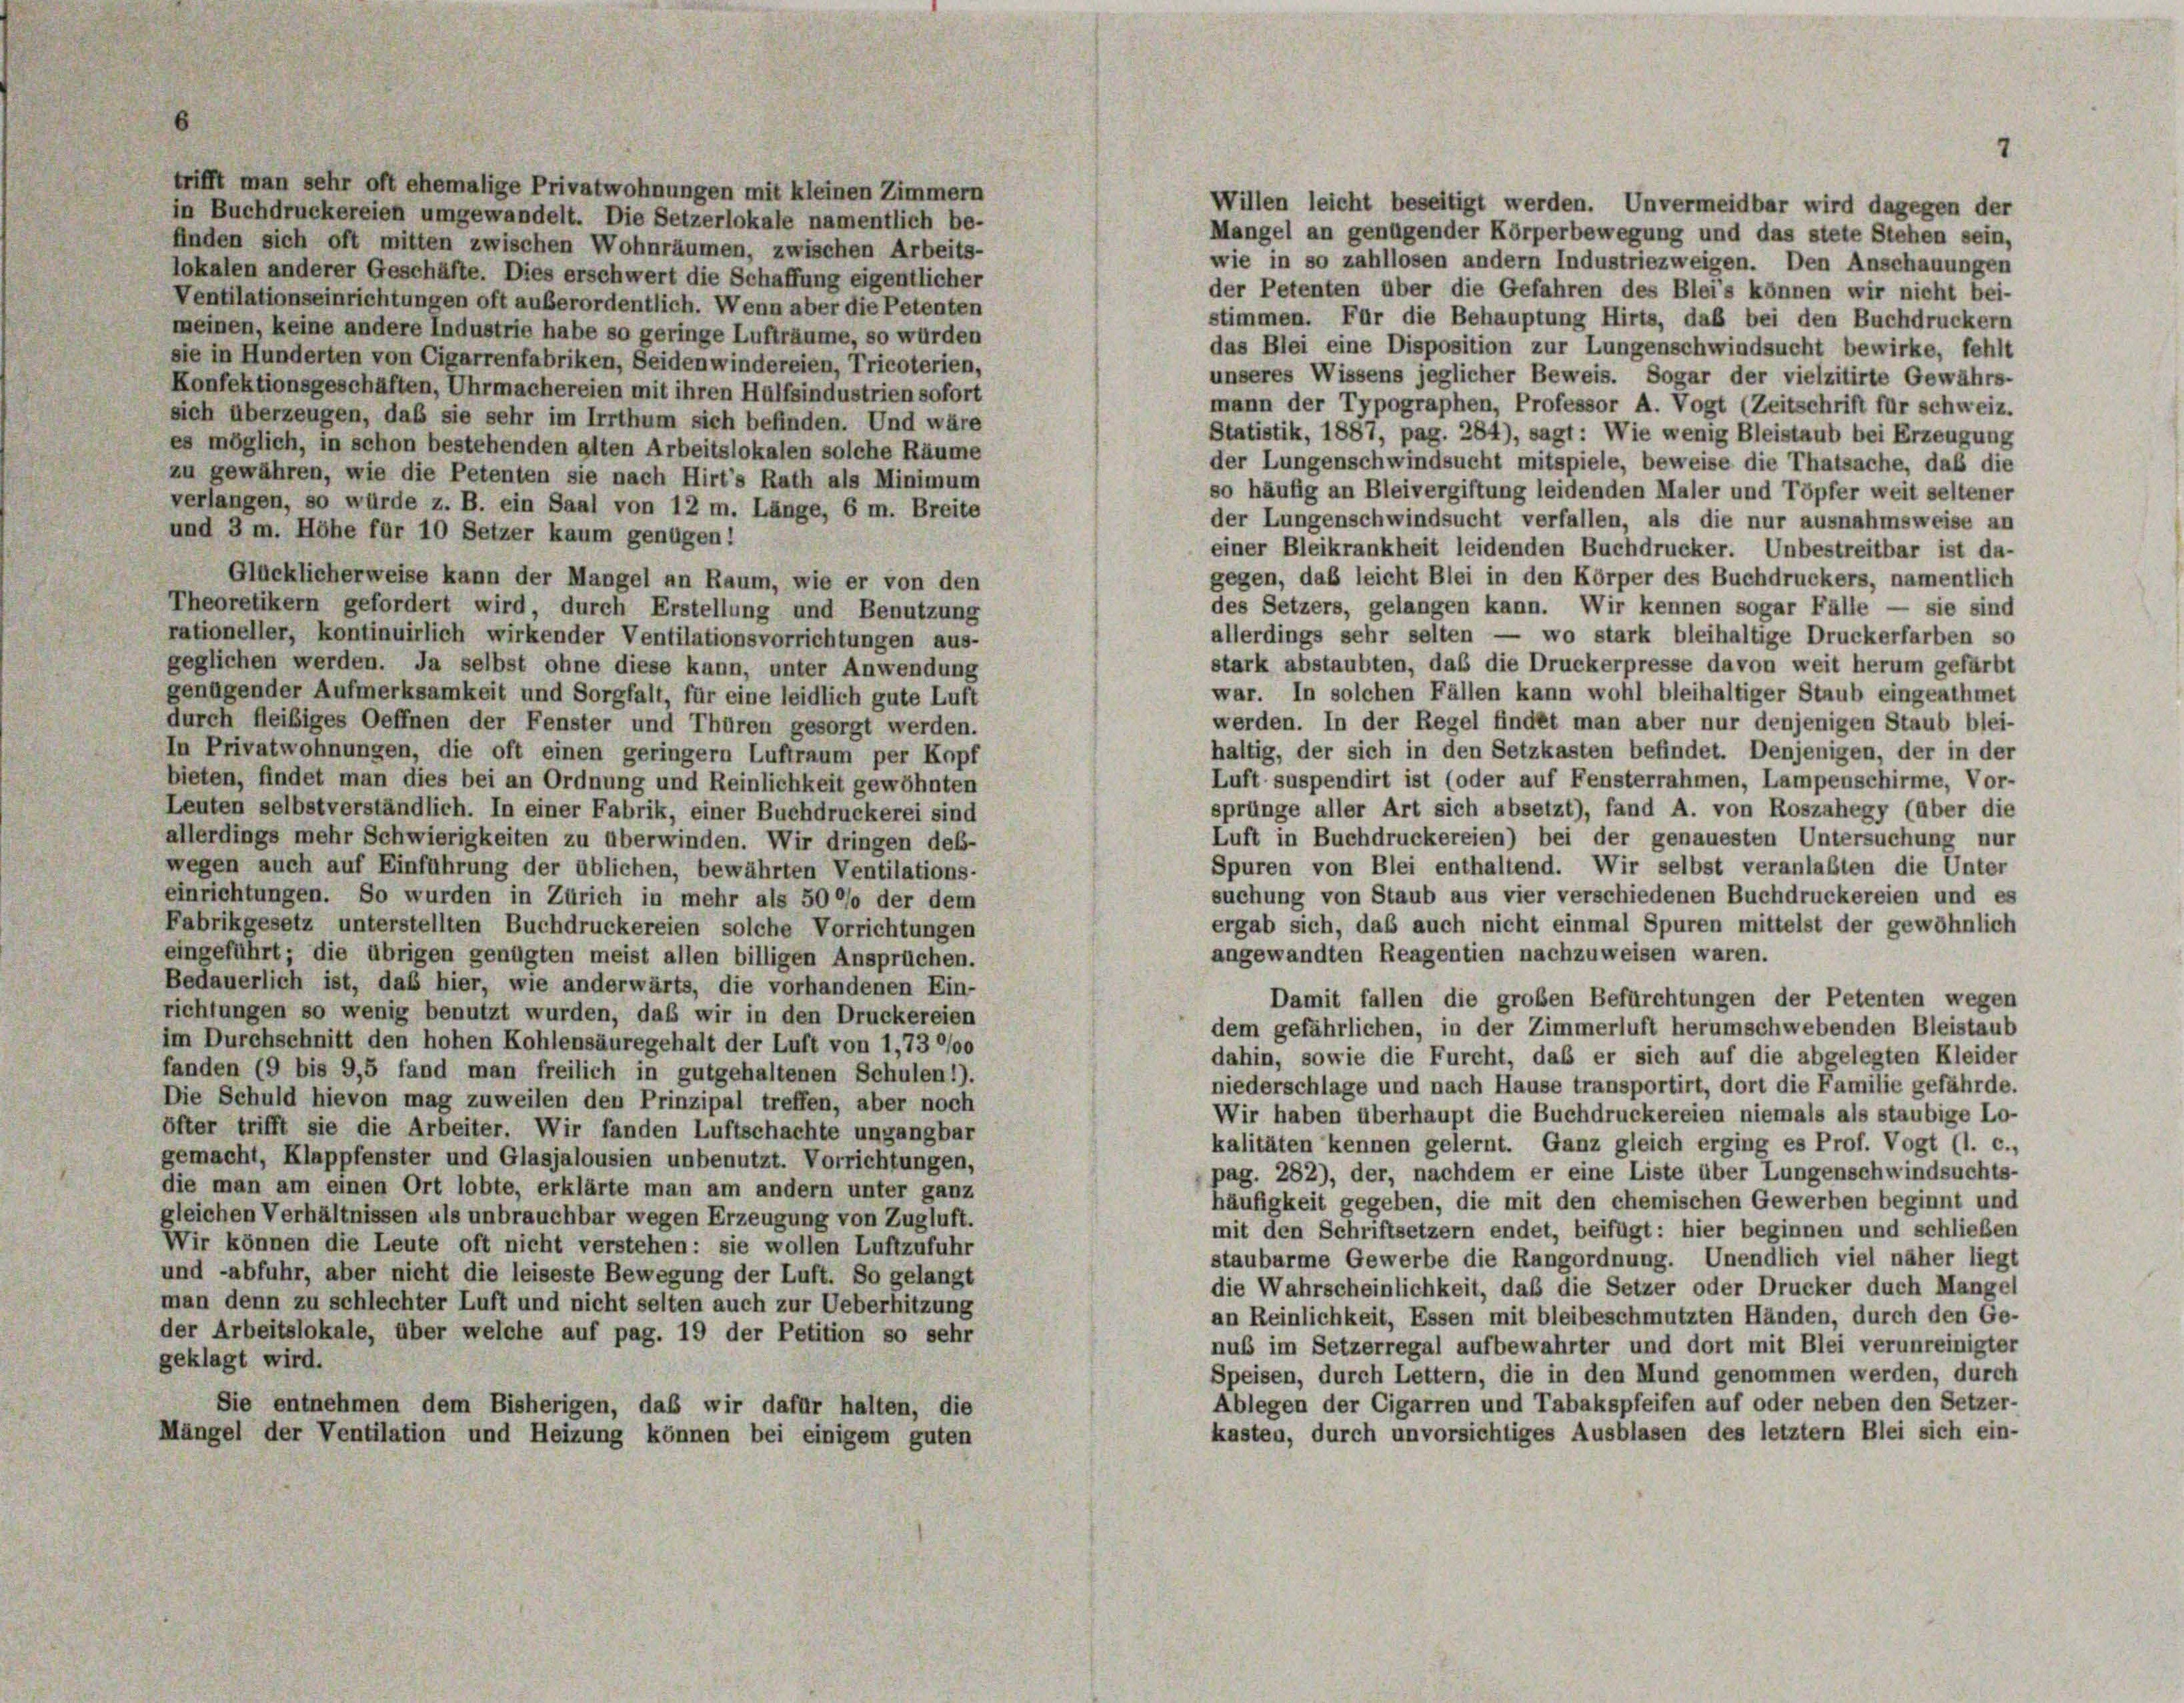
Willen leicht beseitigt werden. Unvermeidbar wird dagegen der
Mangel an genügender Körperbewegung und das stete Stehen sein,
finden sich oft mitten zwischen Wohnräumen, zwischen Arbeits-
wie in so zahllosen andern Industriezweigen. Den Anschauungen
lokalen anderer Geschäfte. Dies erschwert die Schaffung eigentlicher
der Petenten über die Gefahren des Bleis können wir nicht bei-
Ventilationseinrichtungen oft außerordentlich. Wenn aber die Petenten
stimmen. Für die Behauptung Hirts, daß bei den Buchdruckern
meinen, keine andere Industrie habe so geringe Lufträume, so wurden
das Blei eine Disposition zur Lungenschwindsucht bewirke, fehlt
sie in Hunderten von Cigarrenfabriken, Seidenwindereien, Tricoterien,
unseres Wissens jeglicher Beweis. Sogar der vielzitirte Gewährs-
Konfektionsgeschäften, Uhrmachereien mit ihren Hülfsindustrien sofort
mann der Typographen, Professor A. Vogt (Zeitschrift für schweiz.
sich überzeugen, daß sie sehr im Irrthum sich befinden. Und wäre
Statistik, 1887, pag. 284), sagt: Wie wenig Bleistaub bei Erzeugung
es möglich, in schon bestehenden alten Arbeitslokalen solche Räume
der Lungenschwindsucht mitspiele, beweise die Thatsache, daß die
zu gewähren, wie die Petenten sie nach Hirt’s Rath als Minimum
so häufig an Bleivergiftung leidenden Maler und Töpfer weit seltener
verlangen, so würde z. B. ein Saal von 12 m. Länge, 6 m. Breite
der Lungenschwindsucht verfallen, als die nur ausnahmsweise an
und 3 m. Höhe für 10 Setzer kaum genügen!
einer Bleikrankheit leidenden Buchdrucker. Unbestreitbar ist da-
Glücklicherweise kann der Mangel an Raum, wie er von den
gegen, daß leicht Blei in den Körper des Buchdruckers, namentlich
des Setzers, gelangen kann. Wir kennen sogar Fälle — sie sind
Theoretikern gefordert wird, durch Erstellung und Benutzung
allerdings sehr selten — wo stark bleihaltige Druckerfarben so
rationeller, kontinuirlich wirkender Ventilationsvorrichtungen aus-
stark abstaubten, daß die Druckerpresse davon weit herum gefärbt
geglichen werden. Ja selbst ohne diese kann, unter Anwendung
war. In solchen Fällen kann wohl bleihaltiger Staub eingenthmet
genügender Aufmerksamkeit und Sorgfalt, für eine leidlich gute Luft
werden. In der Regel findet man aber nur denjenigen Staub blei-
durch fleißiges Oeffnen der Fenster und Thüren gesorgt werden.
haltig, der sich in den Setzkasten befindet. Denjenigen, der in der
In Privatwohnungen, die oft einen geringern Luftraum per Kopf
Luft suspendirt ist (oder auf Fensterrahmen, Lampenschirme, Vor-
bieten, findet man dies bei an Ordnung und Reinlichkeit gewöhnten
sprünge aller Art sich absetzt), fand A. von Roszahegy (über die
Leuten selbstverständlich. In einer Fabrik, einer Buchdruckerei sind
Luft in Buchdruckereien) bei der genauesten Untersuchung nur
allerdings mehr Schwierigkeiten zu überwinden. Wir dringen deb-
Spuren von Blei enthaltend. Wir selbst veranlaßten die Unter
wegen auch auf Einführung der üblichen, bewährten Ventilations-
suchung von Staub aus vier verschiedenen Buchdruckereien und es
einrichtungen. So wurden in Zürich in mehr als 5000 der dem
ergab sich, daß auch nicht einmal Spuren mittelst der gewöhnlich
Fabrikgesetz unterstellten Buchdruckereien solche Vorrichtungen
angewandten Reagentien nachzuweisen waren.
eingeführt; die übrigen genügten meist allen billigen Ansprüchen.
Bedauerlich ist, daß hier, wie anderwärts, die vorhandenen Ein-
Damit fallen die großen Befürchtungen der Petenten wegen
richtungen so wenig benutzt wurden, daß wir in den Druckereien
dem gefährlichen, in der Zimmerluft herumschwebenden Bleistaub
im Durchschnitt den hohen Kohlensäuregehalt der Luft von 1,73 0/00
dahin, sowie die Furcht, daß er sich auf die abgelegten Kleider
fanden (9 bis 9,5 fand man freilich in gutgehaltenen Schulen1).
niederschlage und nach Hause transportirt, dort die Familie gefährde.
Die Schuld hievon mag zuweilen den Prinzipal treffen, aber noch
Wir haben überhaupt die Buchdruckereien niemals als staubige Lo-
öfter trifft sie die Arbeiter. Wir fanden Luftschachte ungangbar
kalitäten kennen gelernt. Ganz gleich erging es Prof. Vogt (l. c.,
gemacht, Klappfenster und Glasjalousien unbenutzt. Vorrichtungen,
pag. 282), der, nachdem er eine Liste über Lungenschwindsuchts-
die man am einen Ort lobte, erklärte man am andern unter ganz
häufigkeit gegeben, die mit den chemischen Gewerben beginnt und
gleichen Verhältnissen uls unbrauchbar wegen Erzeugung von Zugluft.
mit den Schriftsetzern endet, beifügt: hier beginnen und schließen
Wir können die Leute oft nicht verstehen: sie wollen Luftzufuhr
staubarme Gewerbe die Rangordnung. Unendlich viel näher liegt
und -abfuhr, aber nicht die leiseste Bewegung der Luft. So gelangt
die Wahrscheinlichkeit, daß die Setzer oder Drucker duch Mangel
man denn zu schlechter Luft und nicht selten auch zur Ueberhitzung
an Reinlichkeit, Essen mit bleibeschmutzten Händen, durch den Ge-
der Arbeitslokale, über welche auf pag. 19 der Petition so sehr
nuß im Setzerregal aufbewahrter und dort mit Blei verunreinigter
geklagt wird.
Speisen, durch Lettern, die in den Mund genommen werden, durch
Ablegen der Cigarren und Tabakspfeifen auf oder neben den Setzer-
Sie entnehmen dem Bisherigen, daß wir dafür halten, die
kasten, durch unvorsichtiges Ausblasen des letztem Blei sich ein-
Mängel der Ventilation und Heizung können bei einigem guten

trifft man sehr oft ehemalige Privatwohnungen mit kleinen Zimmern
in Buchdruckereien umgewandelt. Die Setzerlokale namentlich be-

2